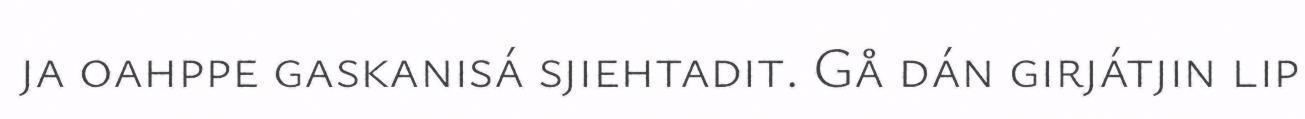
ja oahppe gaskanisá sjiehtadit. Gå dán girjátjin lip